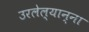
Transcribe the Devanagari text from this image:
उरलेल्यान्ना